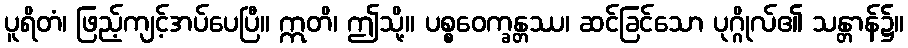
ပူရိတံ၊ ဖြည့်ကျင့်အပ်ပေပြီ။ ဣတိ၊ ဤသို့။ ပစ္စဝေက္ခန္တဿ၊ ဆင်ခြင်သော ပုဂ္ဂိုလ်၏ သန္တာန်၌။